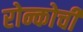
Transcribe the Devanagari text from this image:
रोन्कोची